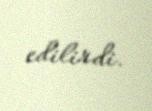
edilirdi.